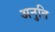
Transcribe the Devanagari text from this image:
अनुति